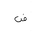
Letter: _dad